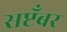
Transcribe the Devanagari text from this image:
सप्टँबर